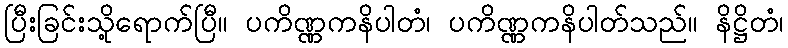
ပြီးခြင်းသို့ရောက်ပြီ။ ပကိဏ္ဏကနိပါတံ၊ ပကိဏ္ဏကနိပါတ်သည်။ နိဋ္ဌိတံ၊